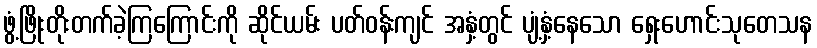
ဖွံ့ဖြိုးတိုးတက်ခဲ့ကြကြောင်းကို ဆိုင်ယမ်း ပတ်ဝန်းကျင် အနှံ့တွင် ပျံ့နှံ့နေသော ရှေးဟောင်းသုတေသန